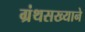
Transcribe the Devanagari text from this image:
ग्रंथसख्याने